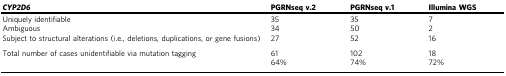
| CYP2D6 | PGRNseq v.2 | PGRNseq v.1 | Illumina WGS |
 | --- | --- | --- | --- |
 | Uniquely identifiable | 35 | 35 | 7 |
 | Ambiguous | 34 | 50 | 2 |
 | Subject to structural alterations (i.e., deletions, duplications, or gene fusions) | 27 | 52 | 16 |
 | <ROWSPAN=2> Total number of cases unidentifiable via mutation tagging | 61 | 102 | 18 |
 | 64% | 74% | 72% |